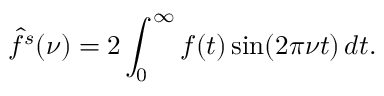
{ \hat { f } } ^ { s } ( \nu ) = 2 \int _ { 0 } ^ { \infty } f ( t ) \sin ( 2 \pi \nu t ) \, d t .